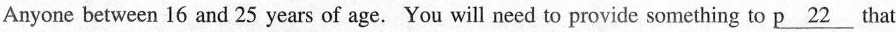
Anyone between 16 and 25 years of age. You will need to provide something to \underline{p 22}that